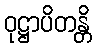
ဝုဋ္ဌာပိတန္တိ